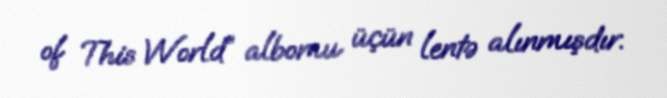
of This World” albomu üçün lentə alınmışdır.